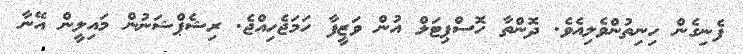
ފެނިގެން ހިނިތުންވެލިއެވެ. ދޮންތާ ހޮސްޕިޓަލް އުން ވަޒީފާ ހަމަޖެހިއްޖެ. ރިޝެޕްޝަނުން މައިލީން އޭނާ